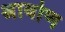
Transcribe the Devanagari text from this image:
श्राबोण